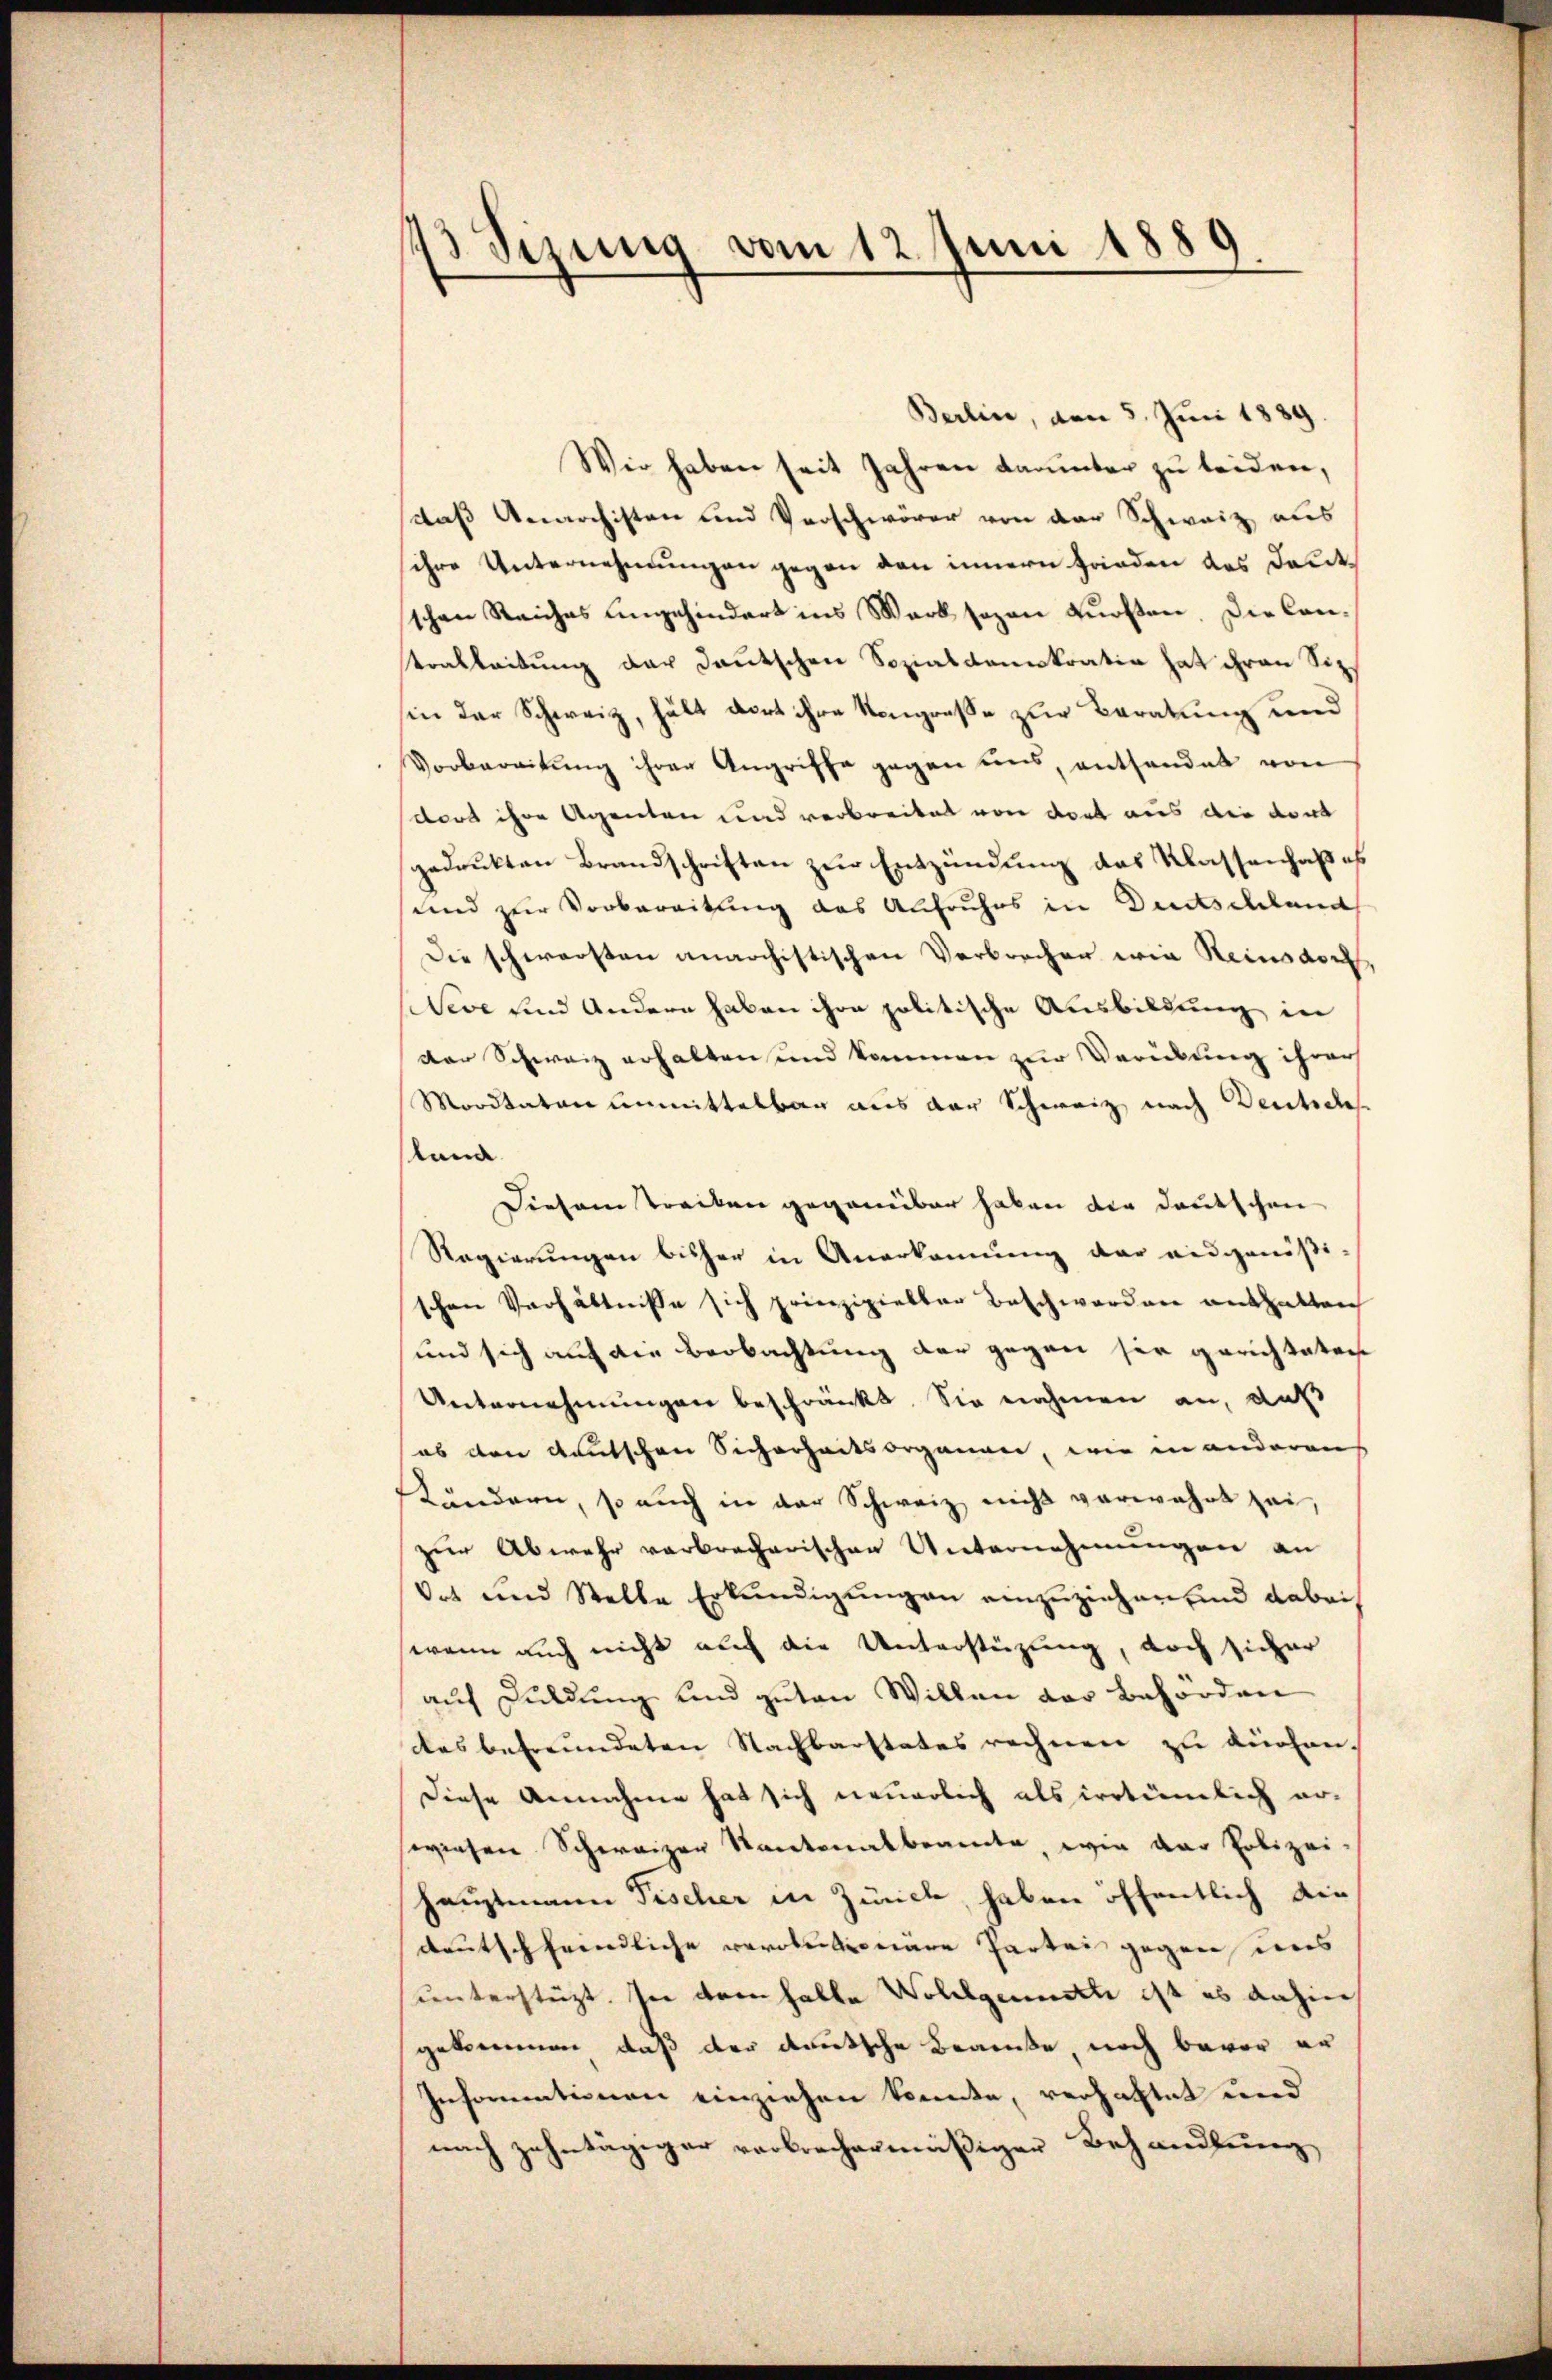
)
13 Sizung vom 12. Juni 1881
d

Berlin, den 5. Juni 1889.
Wir haben seit Jahren darunter zu leiden,
daß Anarchisten und Verschwörer von der Schweiz aus
sihre Unternehmungen gegen den innern Frieden das Dantsschen Reiches eingehindert ins Werk sezen Fürsten. Die Cantrableitung der Deutschen Sozialdemokratio hat ihren Siz.
sin der Schweiz, hält dort ihre Kongreße zur Beratung und
Vorbereitung ihrer Angriffe gegen uns, enthandet von
dort ihre Agenten und verbreitet von dort aus die dont
gedrukten Brandschriften zur Entzündung des Klassenhalt es
und zur Vorbereitung des Aufruhes in Deutschland
Die schwersten unarchistischen Verbrecher wie Reinsdorf,
Weve und Andern haben ihre politische Ausbildung in
der Schweiz erhalten und kommen zur Verübung ihrer
Moritaten unmittelbar aus der Schweiz nach Deutsches
stand.
Diesem strecken gegenüber haben die deutschen
Regierŭngen bisher in Anerkannŭng der eidgenößi-
schen Verhältnisse sich prinzipielter Beschwerden enthalten
und sich auch die Beobachtung der gegen sie gerichteten
Unternehmungen beschränkt. Sie nahmen an, daß
ob den deutschen Sicherheitsorganen, wie in anderen
Ländern, so auch in der Schweiz nicht verwahrt sei,
zur Abwehr verbrecherischen Unternehmungen an
Ort und Stelle Erkundigungen einzuziehen, und dabei
wenn auch nicht auch die Unterstüzung, doch sicher
auf Duldung und guten Willen der Behörden
des befreundeten Nachbarstates rechnen zu dürfen.
Diese Annahme hat sich neuerlich als irrtümlich er-
swiesen Schweizer Kantonalbeamte, wie der Polizei-
Hauptmann Fischer in Zürich, haben öffentlich die
deutschfeindliche Bevolutionare Partei gegen uns
unterstützt. In dem halte Wollgemuth ist es anhine
gekommen, daß der deutsche Braute, noch bevor er
Informationen einziehen konnte, verhaltet und
nach zehntägiger verbrechermäßiger Behandlung